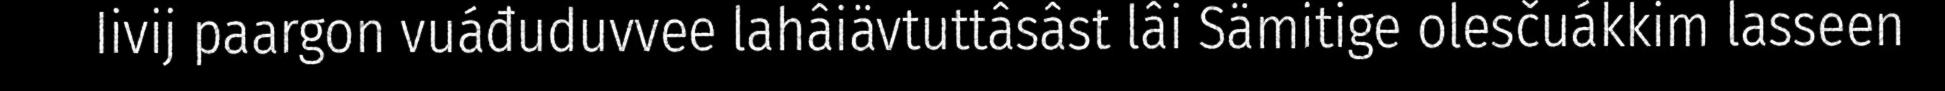
Iivij paargon vuáđuduvvee lahâiävtuttâsâst lâi Sämitige olesčuákkim lasseen